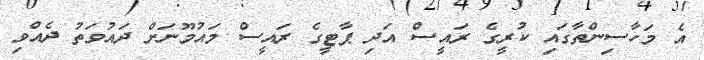
އެ މަހާސިންތާގައި ކުރީގެ ރައީސް އަދި ޕާޓީގެ ރައީސް މައުމޫނަށް ދައުވަތު ދެއްވި